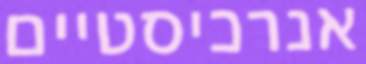
אנרכיסטיים